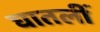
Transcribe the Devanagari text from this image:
घातलीं